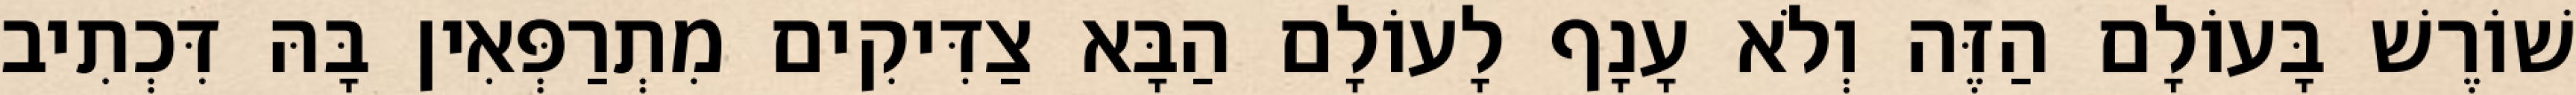
שׁוֹרֶשׁ בָּעוֹלָם הַזֶּה וְלֹא עָנָף לָעוֹלָם הַבָּא צַדִּיקִים מִתְרַפְּאִין בָּהּ דִּכְתִיב